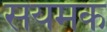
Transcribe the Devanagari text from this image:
सयमक